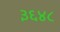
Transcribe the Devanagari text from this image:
३६४८